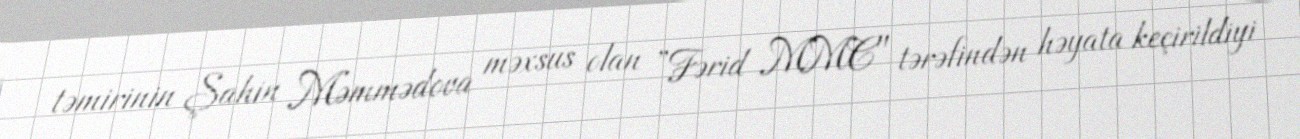
təmirinin Şahin Məmmədova məxsus olan ”Fərid MMC" tərəfindən həyata keçirildiyi